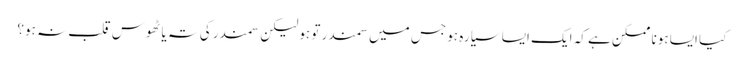
کیا ایسا ہونا ممکن ہے کہ ایک ایسا سیارہ ہو جس میں سمندر تو ہو لیکن سمندر کی تہ یا ٹھوس قلب نہ ہو؟